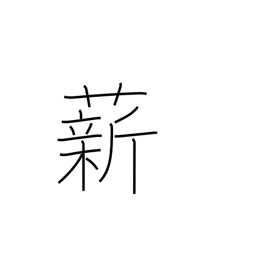
Meaning: fuel